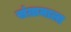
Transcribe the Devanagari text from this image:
संग्रामाला